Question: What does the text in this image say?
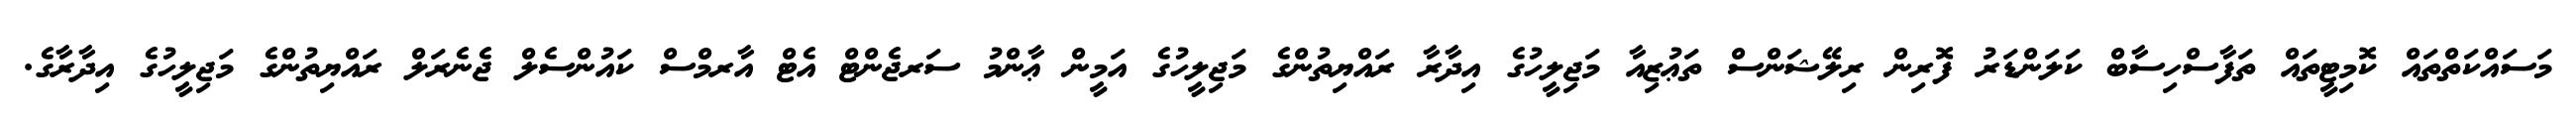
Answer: މަސައްކަތްތައް ކޮމިޓީތައް ތަފާސްހިސާބް ކަލަންޑަރު ފޮރިން ރިލޭޝަންސް ތަޢުޒިއާ މަޖިލީހުގެ އިދާރާ ރައްޔިތުންގެ މަޖިލީހުގެ އަމީން ޢާންމު ސަރޖެންޓް އެޓް އާރމްސް ކައުންސެލް ޖެނެރަލް ރައްޔިތުންގެ މަޖިލީހުގެ އިދާރާގެ.